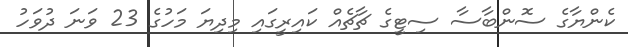
ކެންޔާގެ ސޮންބާސާ ސިޓީގެ ޗާޗެއް ކައިރީގައި މިދިޔަ މަހުގެ 23 ވަނަ ދުވަހު